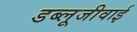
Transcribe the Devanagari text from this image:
डब्लूजीवाई